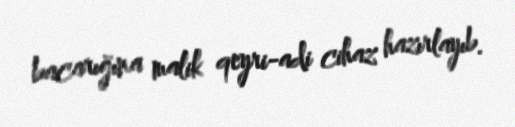
bacarığına malik qeyri-adi cihaz hazırlayıb.